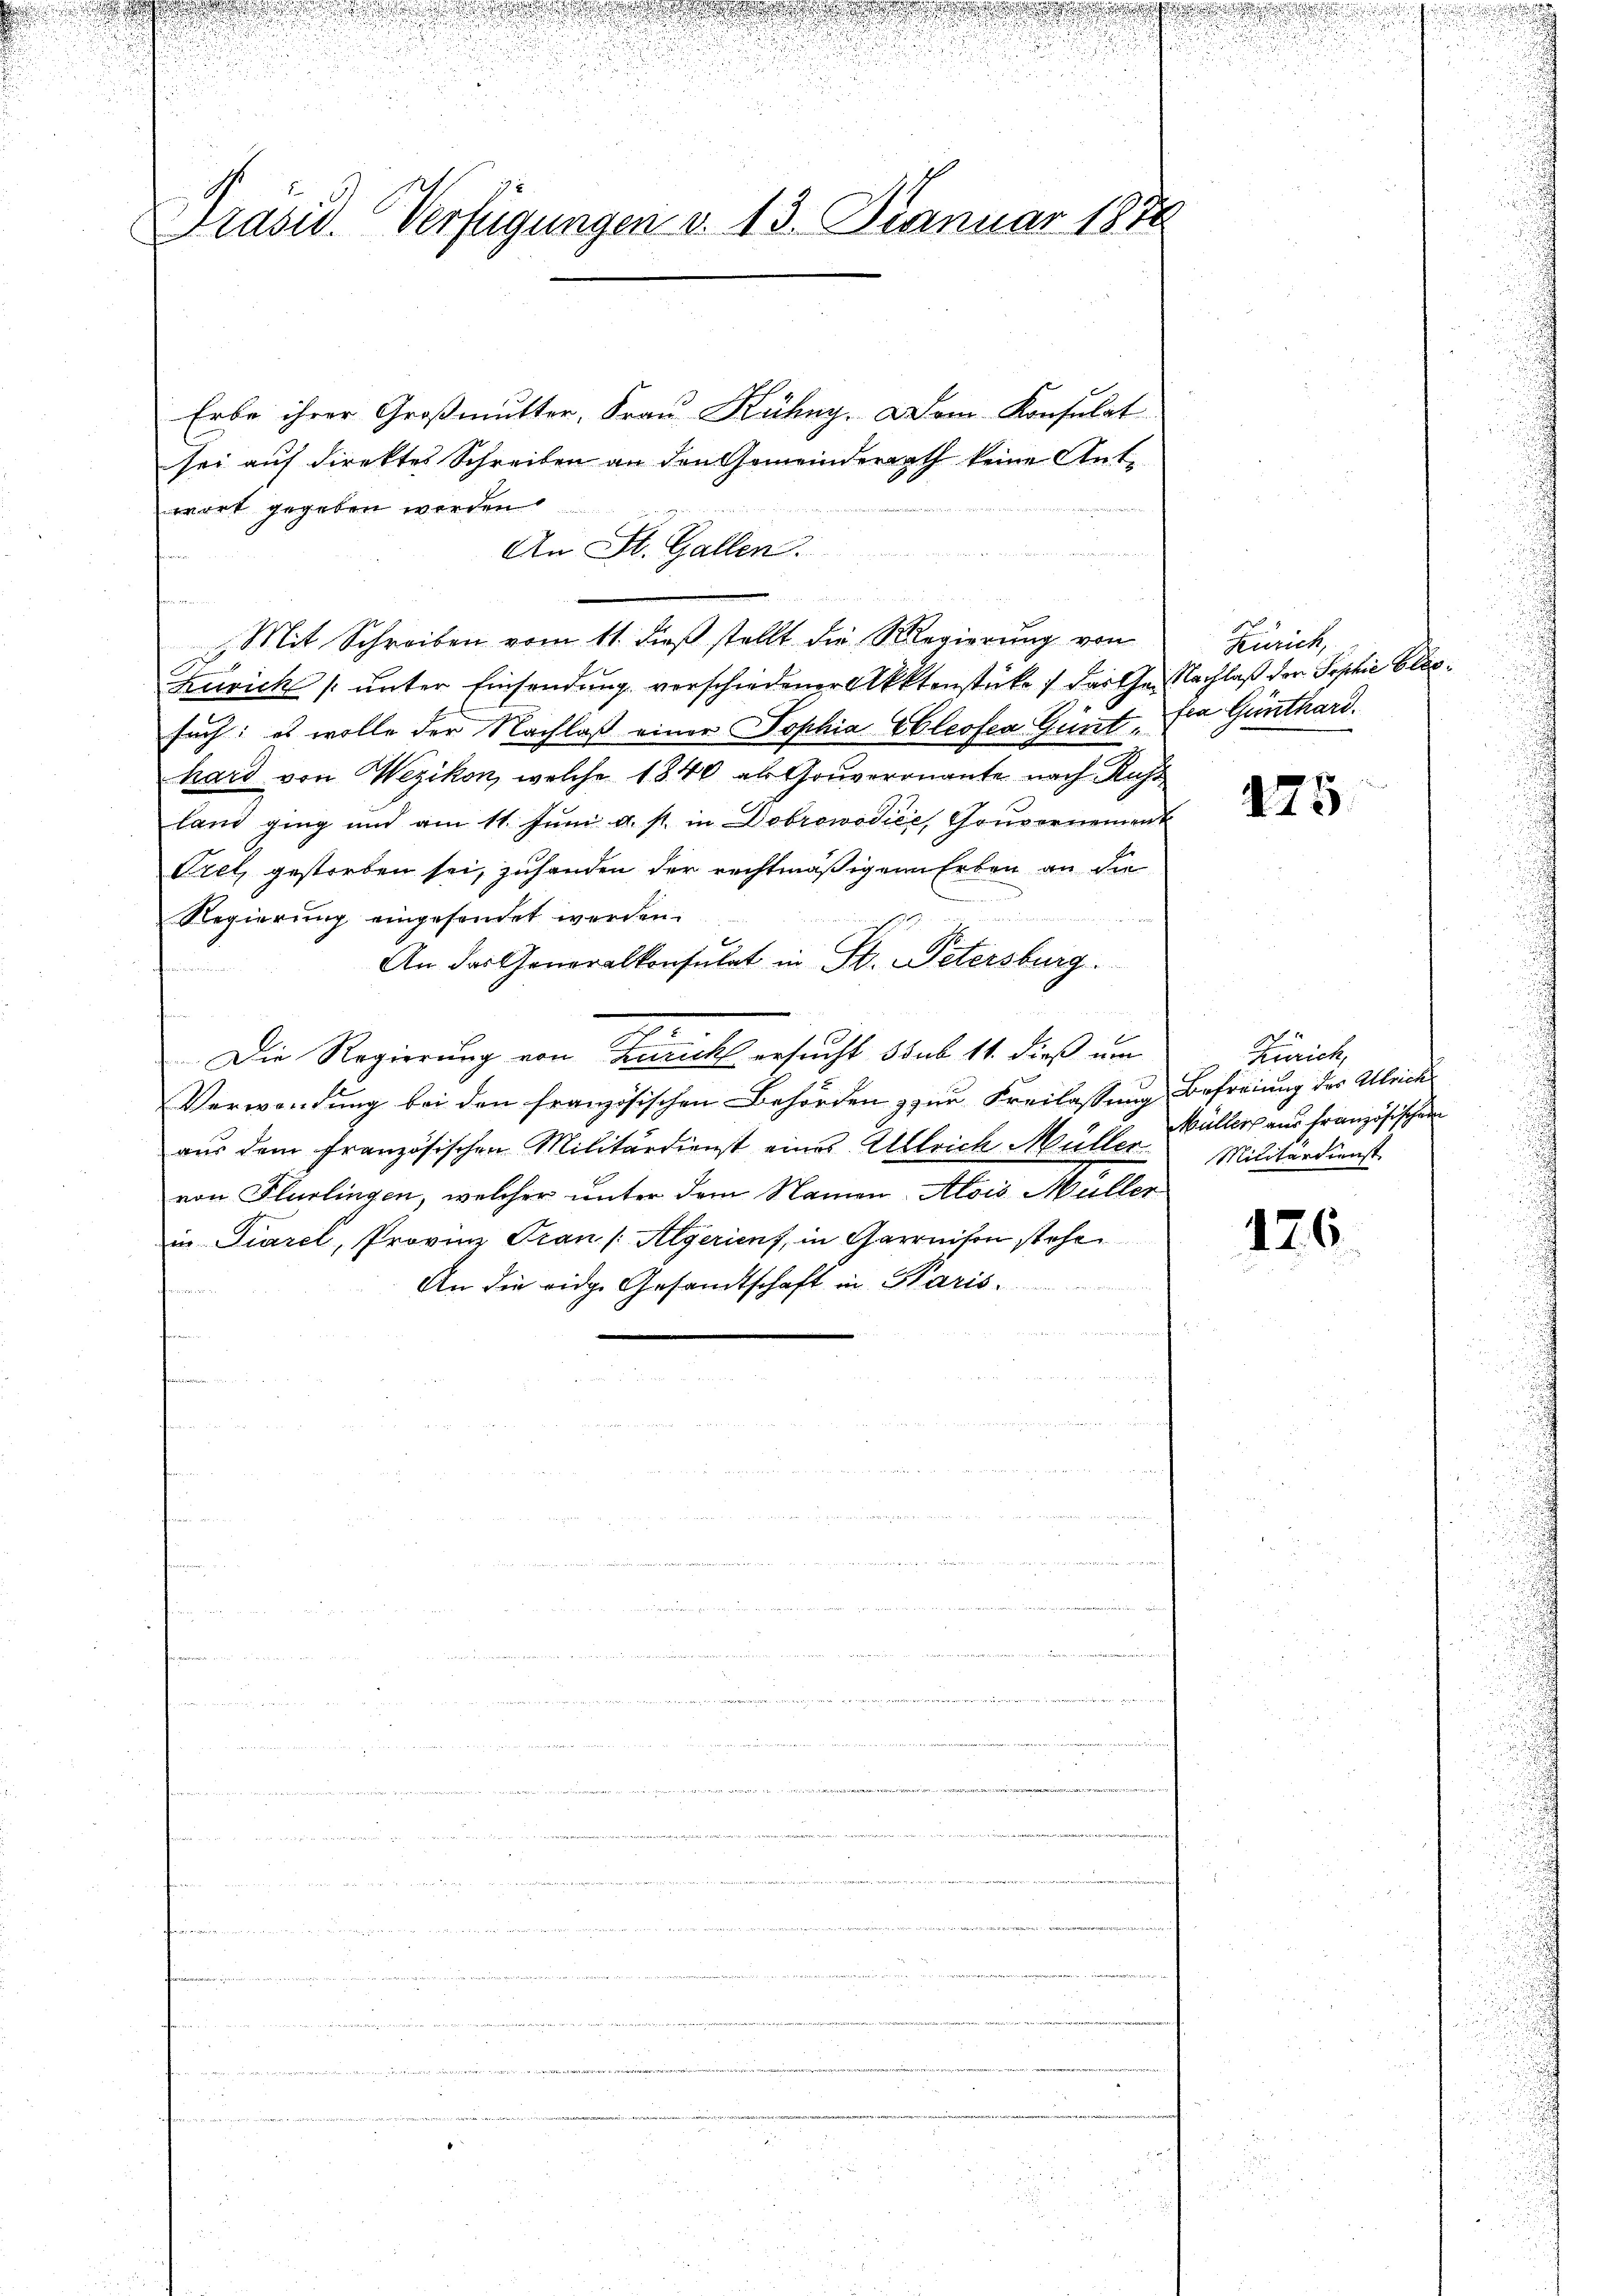
Präsid. Verfügungen d. 13. Januar 187

Erbe ihrer Großmutter, Frau Kühny. Dem Konsulat
sei auf direktes Schreiben an den Gemeinderrath keine Antwort gegeben werden.
An St. Gallen.
e
Mit Schreiben vom 11. dieß stellt die Regierung von
Zürich (unter Einsendung verschiedener Aktenstücke darthen Nachlaß den Sophie bliesuch: es wolle der Nachlaß einer Sophia Eleofea Günt. Ein Günthard.
hard von Wezikon, welche 1840 als Gouveronante nach Russ
land ging und am 11. Jŭni a. s. in Dobrowodice, Gouvernement
Crel, gestorben sei, zuhanden der rechtmäßigen Erben an die
Regierung eingesendet werden.
u
iis seine
An das Generalkonsulat in St. Petersburg.
2
Die Regierung von Zürich ersucht s sub 14. dieß um
Verwendung bei den französischen Behörden zur Freilassung Befreiung des Ulrich
aus dem Französischen Militärdienst eines Alleich Müller Militärdienst
von Flurlingen, welcher unter dem Namen Alois Müller
in Fiarel, Provinz Frau (Algerient, in Garnison stehe
An die eidge Gesandtschaft in Paris.

u

Zürich,

475

Zürich
Müllerhaus Französischen

126.